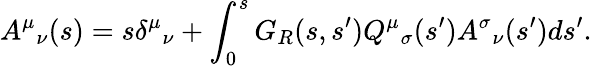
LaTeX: A^{\mu}{}_{\nu}(s)=s\delta^{\mu}{}_{\nu}+\int_{0}^{s}G_{R}(s,s^{\prime})Q^{\mu}{}_{\sigma}(s^{\prime})A^{\sigma}{}_{\nu}(s^{\prime})ds^{\prime}.